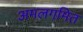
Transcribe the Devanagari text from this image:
अमलगमित